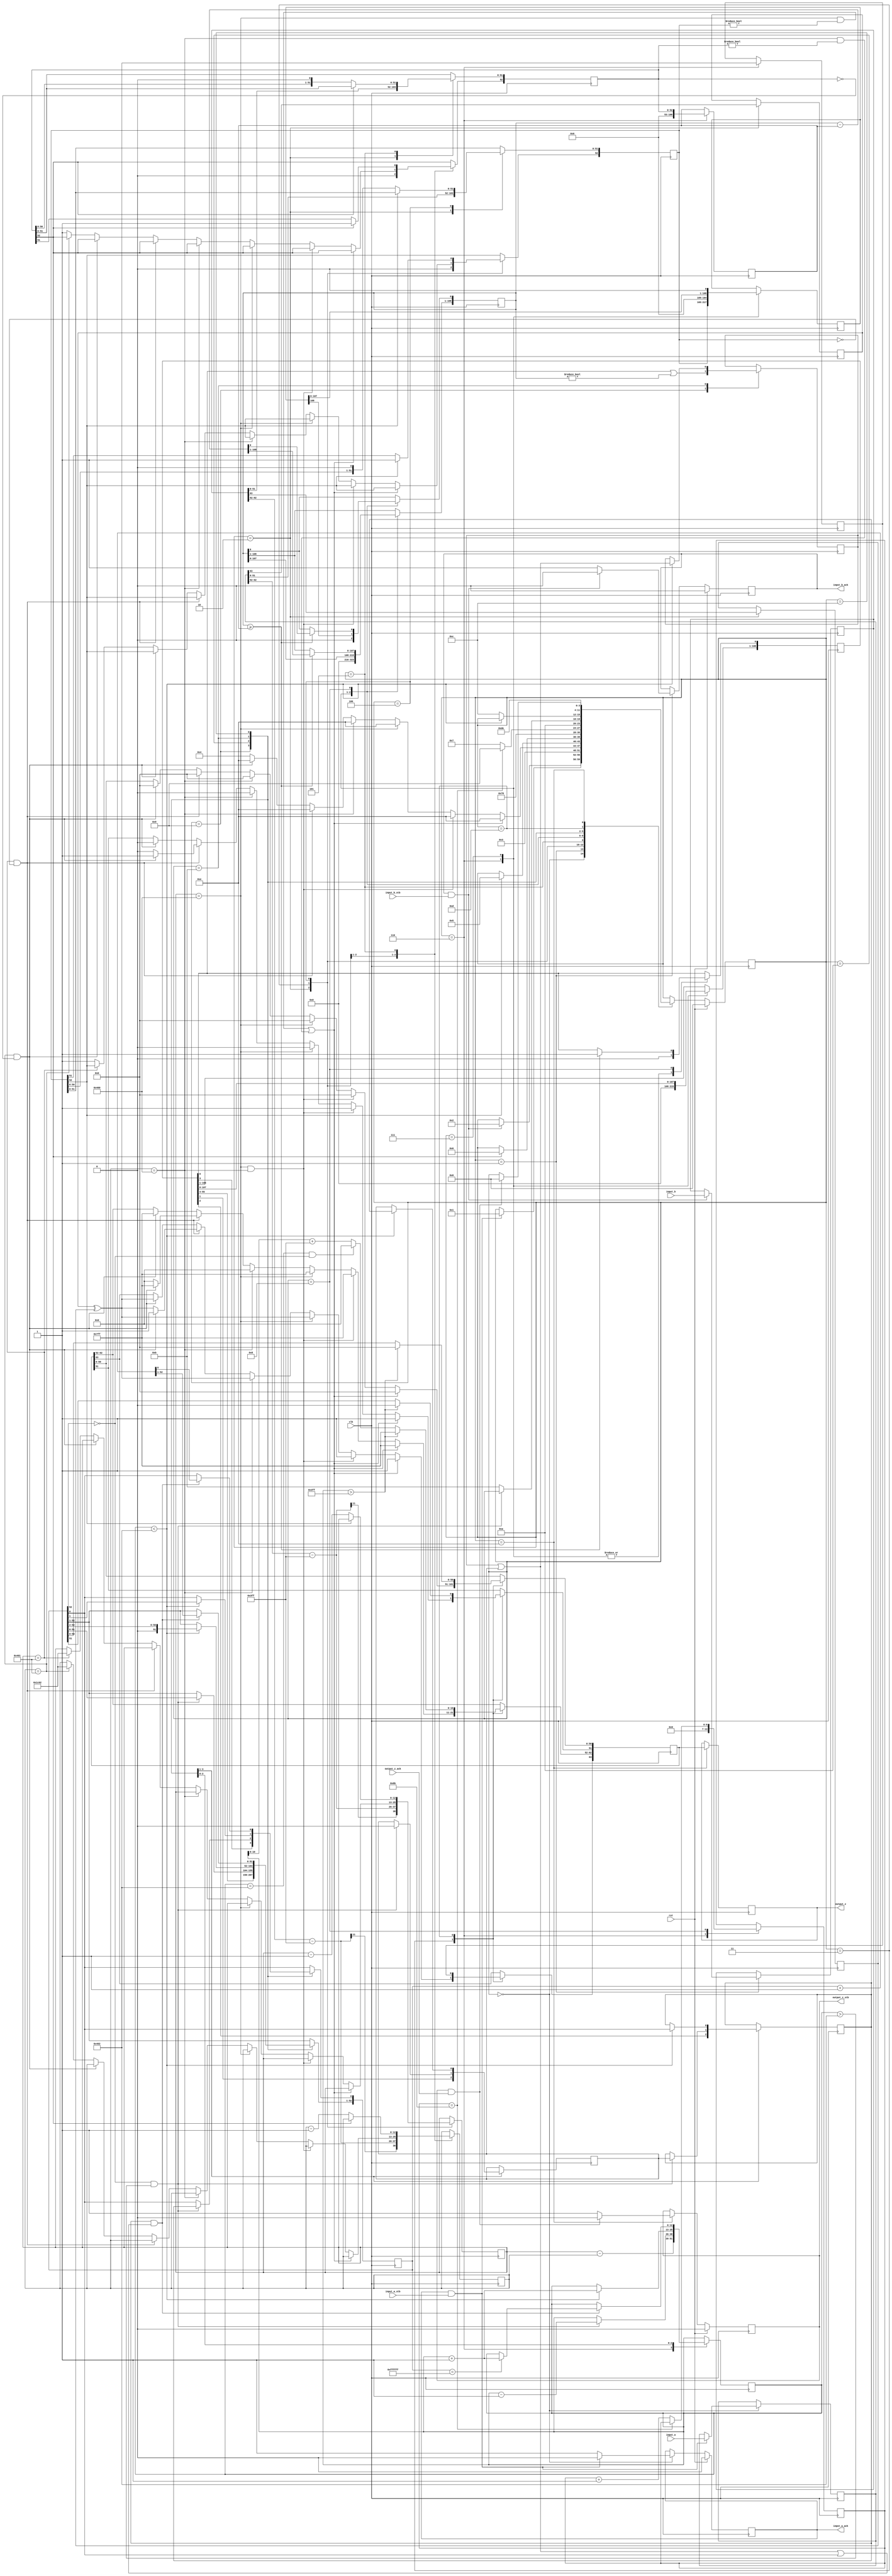
`timescale 1ns/10ps
module double_divider(
        input_a,
        input_b,
        input_a_stb,
        input_b_stb,
        output_z_ack,
        clk,
        rst,
        output_z,
        output_z_stb,
        input_a_ack,
        input_b_ack);

  input     clk;
  input     rst;

  input     [63:0] input_a;
  input     input_a_stb;
  output    input_a_ack;

  input     [63:0] input_b;
  input     input_b_stb;
  output    input_b_ack;

  output    [63:0] output_z;
  output    output_z_stb;
  input     output_z_ack;

  reg       s_output_z_stb;
  reg       [63:0] s_output_z;
  reg       s_input_a_ack;
  reg       s_input_b_ack;

  reg       [3:0] state;
  parameter get_a         = 4'd0,
            get_b         = 4'd1,
            unpack        = 4'd2,
            special_cases = 4'd3,
            normalise_a   = 4'd4,
            normalise_b   = 4'd5,
            divide_0      = 4'd6,
            divide_1      = 4'd7,
            divide_2      = 4'd8,
            divide_3      = 4'd9,
            normalise_1   = 4'd10,
            normalise_2   = 4'd11,
            round         = 4'd12,
            pack          = 4'd13,
            put_z         = 4'd14;

  reg       [63:0] a, b, z;
  reg       [52:0] a_m, b_m, z_m;
  reg       [12:0] a_e, b_e, z_e;
  reg       a_s, b_s, z_s;
  reg       guard, round_bit, sticky;
  reg       [108:0] quotient, divisor, dividend, remainder;
  reg       [6:0] count;

  always @(posedge clk)
  begin

    case(state)

      get_a:
      begin
        s_input_a_ack <= 1;
        if (s_input_a_ack && input_a_stb) begin
          a <= input_a;
          s_input_a_ack <= 0;
          state <= get_b;
        end
      end

      get_b:
      begin
        s_input_b_ack <= 1;
        if (s_input_b_ack && input_b_stb) begin
          b <= input_b;
          s_input_b_ack <= 0;
          state <= unpack;
        end
      end

      unpack:
      begin
        a_m <= a[51 : 0];
        b_m <= b[51 : 0];
        a_e <= a[62 : 52] - 1023;
        b_e <= b[62 : 52] - 1023;
        a_s <= a[63];
        b_s <= b[63];
        state <= special_cases;
      end

      special_cases:
      begin
        //if a is NaN or b is NaN return NaN 
        if ((a_e == 1024 && a_m != 0) || (b_e == 1024 && b_m != 0)) begin
          z[63] <= 1;
          z[62:52] <= 2047;
          z[51] <= 1;
          z[50:0] <= 0;
          state <= put_z;
          //if a is inf and b is inf return NaN 
        end else if ((a_e == 1024) && (b_e == 1024)) begin
          z[63] <= 1;
          z[62:52] <= 2047;
          z[51] <= 1;
          z[50:0] <= 0;
          state <= put_z;
        //if a is inf return inf
        end else if (a_e == 1024) begin
          z[63] <= a_s ^ b_s;
          z[62:52] <= 2047;
          z[51:0] <= 0;
          state <= put_z;
           //if b is zero return NaN
          if ($signed(b_e == -1023) && (b_m == 0)) begin
            z[63] <= 1;
            z[62:52] <= 2047;
            z[51] <= 1;
            z[50:0] <= 0;
            state <= put_z;
          end
        //if b is inf return zero
        end else if (b_e == 1024) begin
          z[63] <= a_s ^ b_s;
          z[62:52] <= 0;
          z[51:0] <= 0;
          state <= put_z;
        //if a is zero return zero
        end else if (($signed(a_e) == -1023) && (a_m == 0)) begin
          z[63] <= a_s ^ b_s;
          z[62:52] <= 0;
          z[51:0] <= 0;
          state <= put_z;
           //if b is zero return NaN
          if (($signed(b_e) == -1023) && (b_m == 0)) begin
            z[63] <= 1;
            z[62:52] <= 2047;
            z[51] <= 1;
            z[50:0] <= 0;
            state <= put_z;
          end
        //if b is zero return inf
        end else if (($signed(b_e) == -1023) && (b_m == 0)) begin
          z[63] <= a_s ^ b_s;
          z[62:52] <= 2047;
          z[51:0] <= 0;
          state <= put_z;
        end else begin
          //Denormalised Number
          if ($signed(a_e) == -1023) begin
            a_e <= -1022;
          end else begin
            a_m[52] <= 1;
          end
          //Denormalised Number
          if ($signed(b_e) == -1023) begin
            b_e <= -1022;
          end else begin
            b_m[52] <= 1;
          end
          state <= normalise_a;
        end
      end

      normalise_a:
      begin
        if (a_m[52]) begin
          state <= normalise_b;
        end else begin
          a_m <= a_m << 1;
          a_e <= a_e - 1;
        end
      end

      normalise_b:
      begin
        if (b_m[52]) begin
          state <= divide_0;
        end else begin
          b_m <= b_m << 1;
          b_e <= b_e - 1;
        end
      end

      divide_0:
      begin
        z_s <= a_s ^ b_s;
        z_e <= a_e - b_e;
        quotient <= 0;
        remainder <= 0;
        count <= 0;
        dividend <= a_m << 56;
        divisor <= b_m;
        state <= divide_1;
      end

      divide_1:
      begin
        quotient <= quotient << 1;
        remainder <= remainder << 1;
        remainder[0] <= dividend[108];
        dividend <= dividend << 1;
        state <= divide_2;
      end

      divide_2:
      begin
        if (remainder >= divisor) begin
          quotient[0] <= 1;
          remainder <= remainder - divisor;
        end
        if (count == 107) begin
          state <= divide_3;
        end else begin
          count <= count + 1;
          state <= divide_1;
        end
      end

      divide_3:
      begin
        z_m <= quotient[55:3];
        guard <= quotient[2];
        round_bit <= quotient[1];
        sticky <= quotient[0] | (remainder != 0);
        state <= normalise_1;
      end

      normalise_1:
      begin
        if (z_m[52] == 0 && $signed(z_e) > -1022) begin
          z_e <= z_e - 1;
          z_m <= z_m << 1;
          z_m[0] <= guard;
          guard <= round_bit;
          round_bit <= 0;
        end else begin
          state <= normalise_2;
        end
      end

      normalise_2:
      begin
        if ($signed(z_e) < -1022) begin
          z_e <= z_e + 1;
          z_m <= z_m >> 1;
          guard <= z_m[0];
          round_bit <= guard;
          sticky <= sticky | round_bit;
        end else begin
          state <= round;
        end
      end

      round:
      begin
        if (guard && (round_bit | sticky | z_m[0])) begin
          z_m <= z_m + 1;
          if (z_m == 53'hffffff) begin
            z_e <=z_e + 1;
          end
        end
        state <= pack;
      end

      pack:
      begin
        z[51 : 0] <= z_m[51:0];
        z[62 : 52] <= z_e[10:0] + 1023;
        z[63] <= z_s;
        if ($signed(z_e) == -1022 && z_m[52] == 0) begin
          z[62 : 52] <= 0;
        end
        //if overflow occurs, return inf
        if ($signed(z_e) > 1023) begin
          z[51 : 0] <= 0;
          z[62 : 52] <= 2047;
          z[63] <= z_s;
        end
        state <= put_z;
      end

      put_z:
      begin
        s_output_z_stb <= 1;
        s_output_z <= z;
        if (s_output_z_stb && output_z_ack) begin
          s_output_z_stb <= 0;
          #1 state <= get_a;
        end
      end

    endcase

    if (rst == 1) begin
      state <= get_a;
      s_input_a_ack <= 0;
      s_input_b_ack <= 0;
      s_output_z_stb <= 0;
    end

  end
  assign input_a_ack = s_input_a_ack;
  assign input_b_ack = s_input_b_ack;
  assign output_z_stb = s_output_z_stb;
  assign output_z = s_output_z;

endmodule